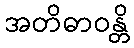
အတိဓာဝန္တိ